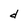
Character: d